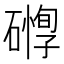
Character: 𥖒